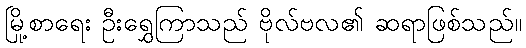
မြို့စာရေး ဦးရွှေကြာသည် ဗိုလ်ဗလ၏ ဆရာဖြစ်သည်။